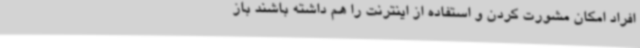
افراد امکان مشورت کردن و استفاده از اینترنت را هم داشته باشند باز